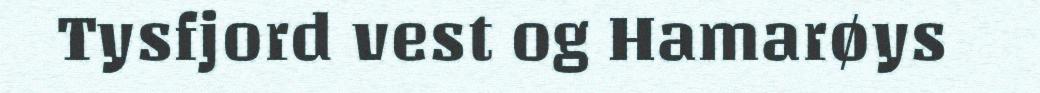
Tysfjord vest og Hamarøys